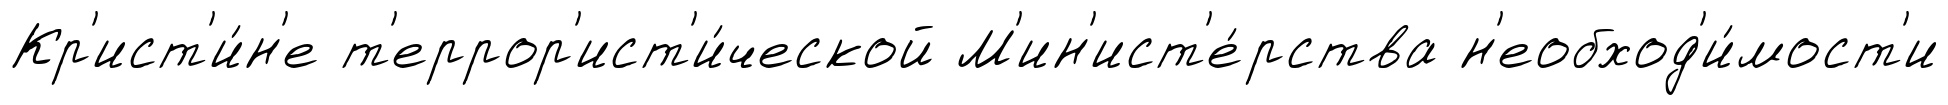
Кр'ист'и́н'е т'еррор'ист'и́ческой М'ин'ист'е́рства н'еобход'и́мост'и